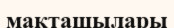
мақташылары